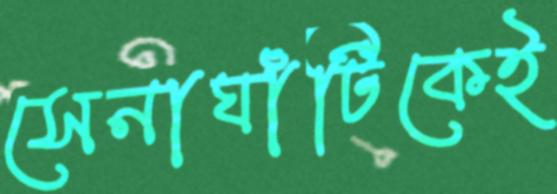
সেনাঘাঁটিকেই